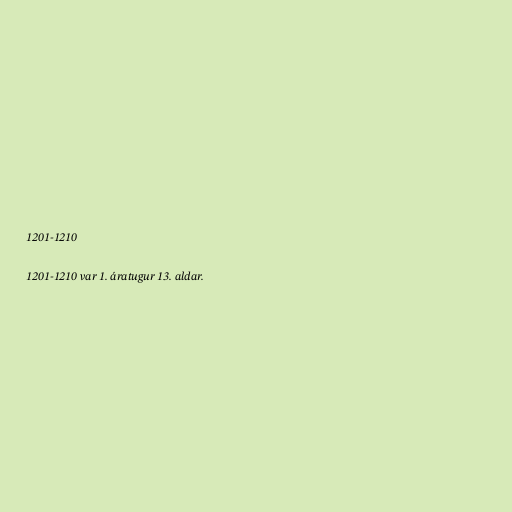
1201-1210

1201-1210 var 1. áratugur 13. aldar.